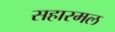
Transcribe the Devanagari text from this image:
सहारमल